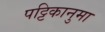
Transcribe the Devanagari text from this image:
पट्टिकानुमा